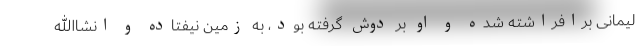
لیمانی برافراشته شده و او بر دوش گرفته بود، به زمین نیفتاده و انشاالله